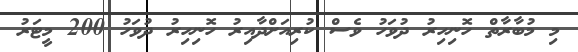
މި މުބާރާތް ހޮނިހިރު ދުވަހު ވެސް ކުރިއަށްދާއިރު ހޮނިހިރު ދުވަހު 200 މީޓަރު